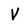
Character: V